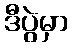
ဒီပွဲမှာ